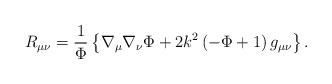
LaTeX: \begin{align*}R_{\mu\nu} = {1 \over \Phi} \left \{ \nabla_\mu\nabla_\nu \Phi + 2 k^2 \left ( -\Phi + 1 \right ) g_{\mu\nu} \right \}.\end{align*}